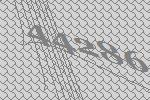
44286